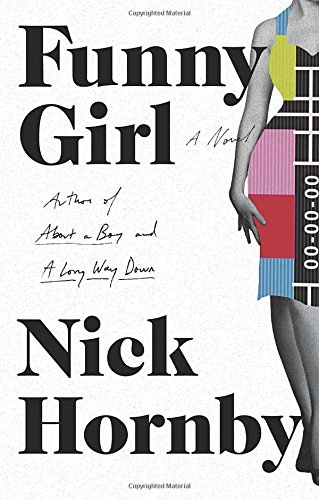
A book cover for Funny Girl: A Novel; Nick Hornby; Literature & Fiction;